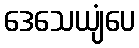
ဒေသေယျံပေ